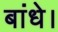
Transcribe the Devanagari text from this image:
बांधे।